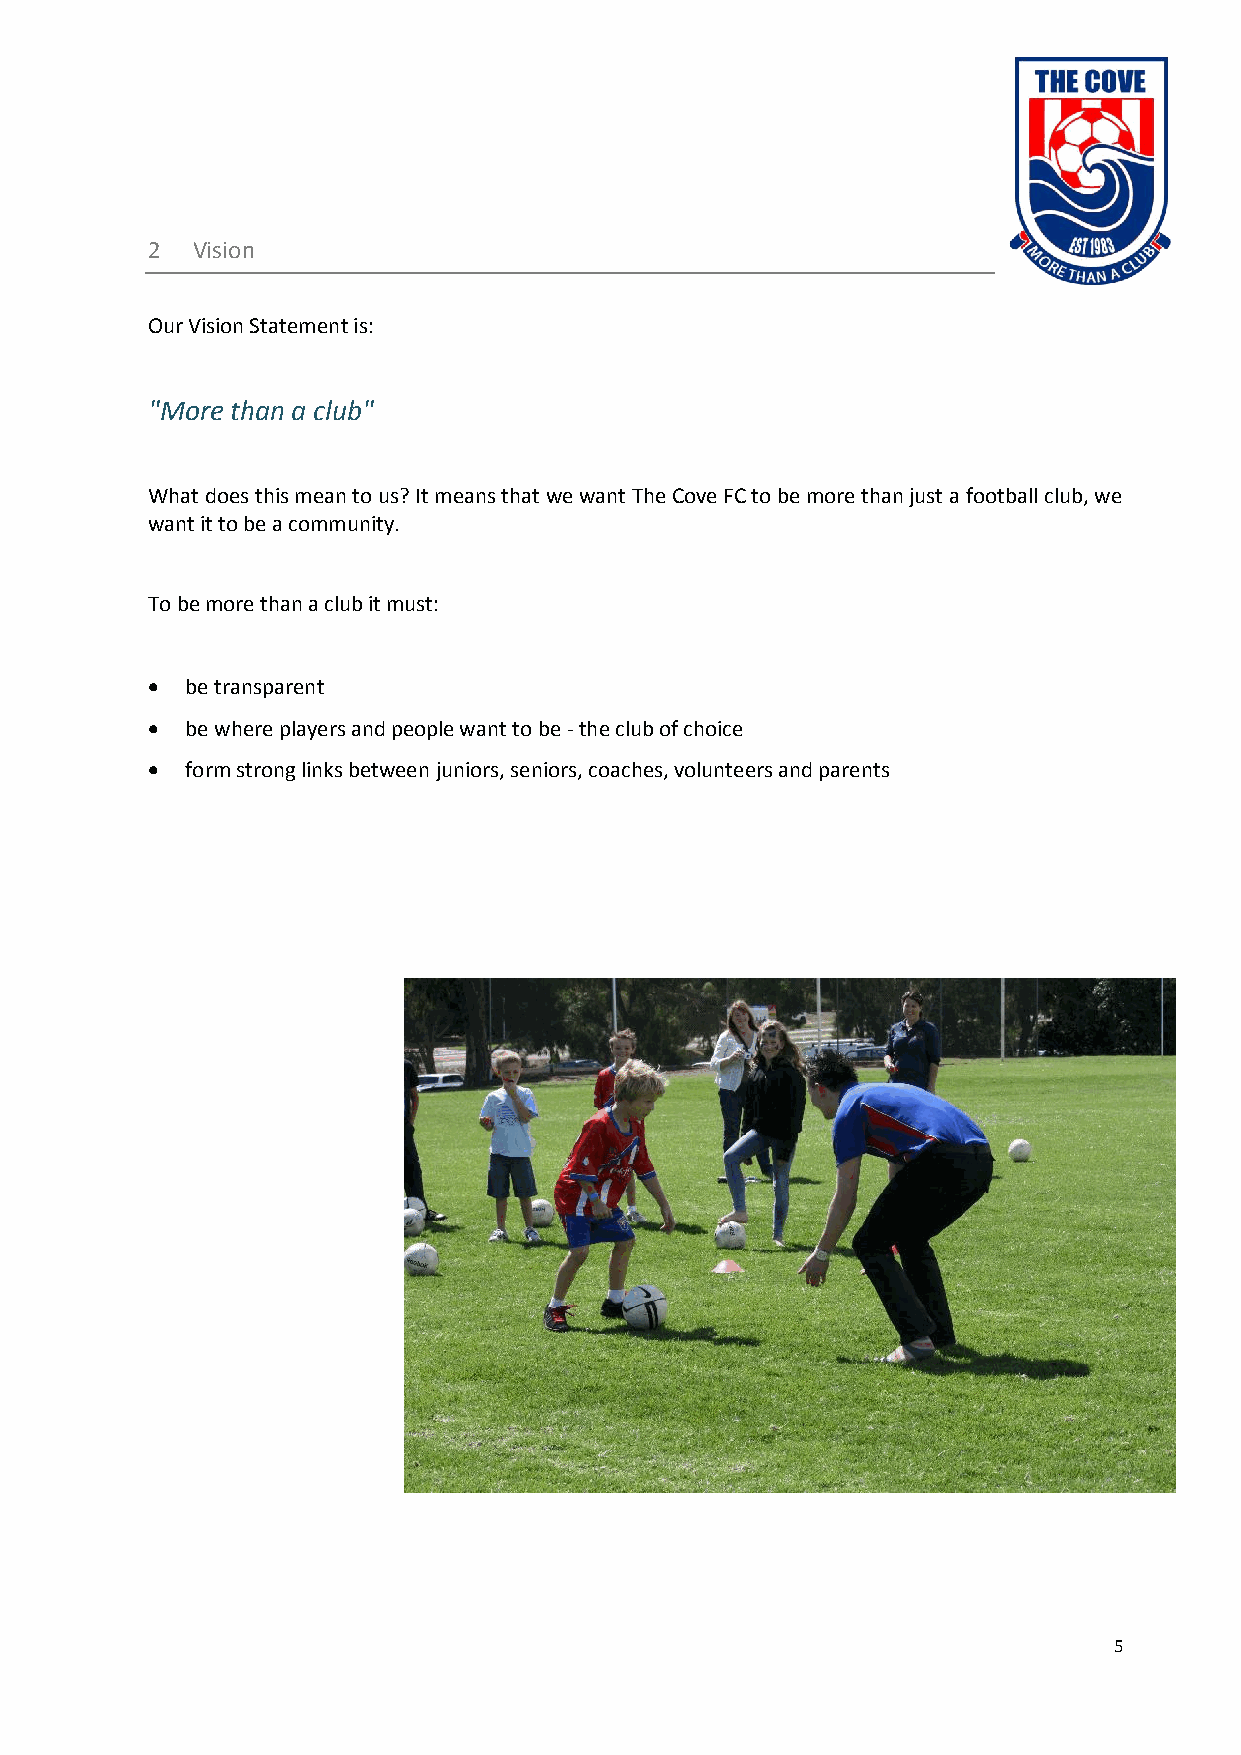
2  Vision
 Our Vision Statement is:
 "More than a club"
 What does this mean to us? It means that we want The Cove FC to be more than just a football club, we
 want it to be a community.
 To be more than a club it must:
  be transparent
  be where players and people want to be - the club of choice
  form strong links between juniors, seniors, coaches, volunteers and parents
 5